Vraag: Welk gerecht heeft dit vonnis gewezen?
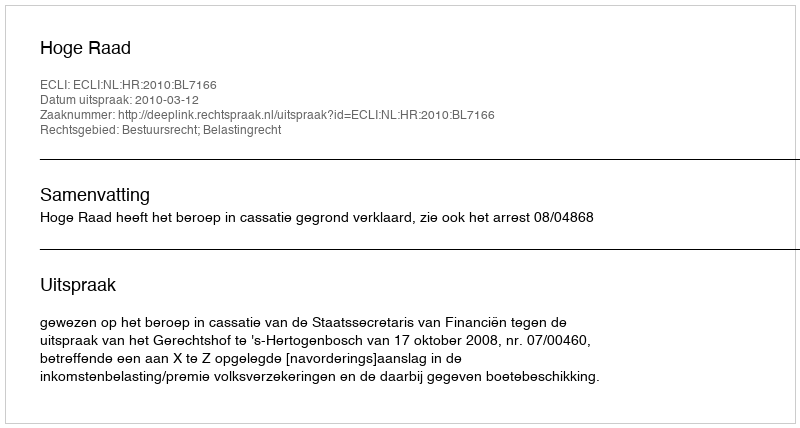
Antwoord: Hoge Raad